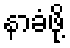
နာခံဖို့